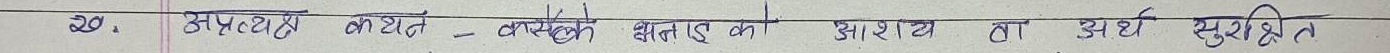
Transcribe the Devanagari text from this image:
२०. अप्रत्यक्ष लागत– कसैले धनको आश्रय वा अर्ध सुरक्षित